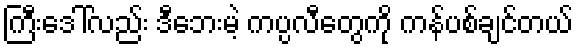
ကြီးဒေါ်လည်း ဒီဘေးမဲ့ ကပ္ပလီတွေကို ကန်ပစ်ချင်တယ်